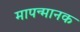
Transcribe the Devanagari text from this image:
मापन्मानक